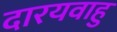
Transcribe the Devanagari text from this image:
दारयवाहु